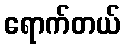
ရောက်တယ်